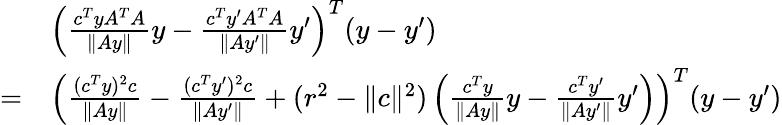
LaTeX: \begin{array}{rl}&{\left(\frac{c^{T}yA^{T}A}{\| Ay\| }y-\frac{c^{T}y^{\prime}A^{T}A}{\| Ay^{\prime}\| }y^{\prime}\right)^{T}(y-y^{\prime})}\\ {=}&{\left(\frac{(c^{T}y)^{2}c}{\| Ay\| }-\frac{(c^{T}y^{\prime})^{2}c}{\| Ay^{\prime}\| }+(r^{2}-\| c\| ^{2})\left(\frac{c^{T}y}{\| Ay\| }y-\frac{c^{T}y^{\prime}}{\| Ay^{\prime}\| }y^{\prime}\right)\right)^{T}(y-y^{\prime})}\end{array}